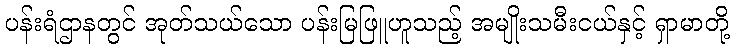
ပန်းရံဌာနတွင် အုတ်သယ်သော ပန်းမြဖြူဟူသည့် အမျိုးသမီးငယ်နှင့် ရှာမာတို့